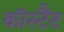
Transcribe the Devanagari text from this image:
कॉस्टैंट